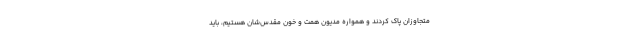
متجاوزان پاک کردند و همواره مدیون همت‌ و خون مقدس‌شان هستیم، باید